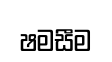
ෂමසීම